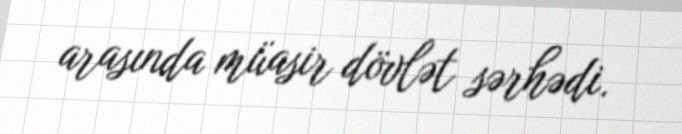
arasında müasir dövlət sərhədi.